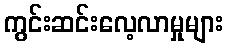
ကွင်းဆင်းလေ့လာမှုများ